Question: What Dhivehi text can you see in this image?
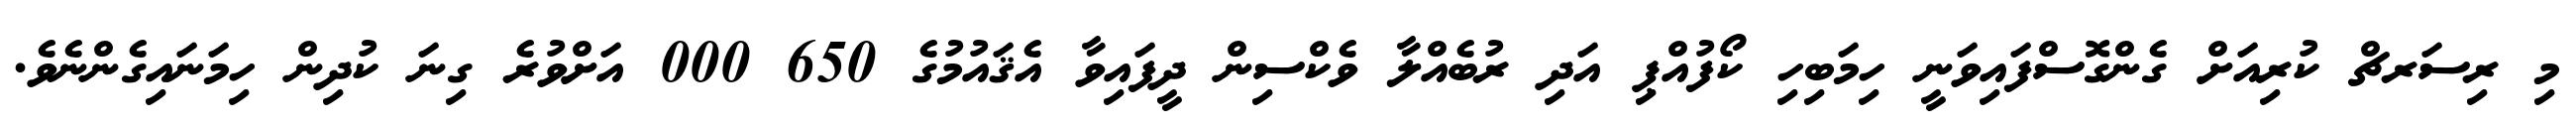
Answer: މި ރިސަރޗް ކުރިއަށް ގެންގޮސްފައިވަނީ ހިމަބިހި ކޯފުއްޕި އަދި ރުބެއްލާ ވެކްސިން ދީފައިވާ އެޤައުމުގެ 650 000 އަށްވުރެ ގިނަ ކުދިން ހިމަނައިގެންނެވެ.